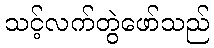
သင့်လက်တွဲဖော်သည်